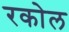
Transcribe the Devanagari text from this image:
रकोल